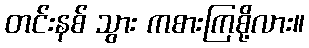
တင်းနစ် သွား ကစားကြစို့လား။